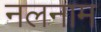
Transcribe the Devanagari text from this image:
नलनाम